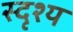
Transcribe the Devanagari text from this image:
स्दृश्य